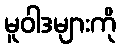
မူဝါဒများကို